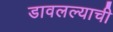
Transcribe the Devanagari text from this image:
डावलल्याची